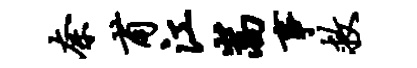
奈甫江嵩事救